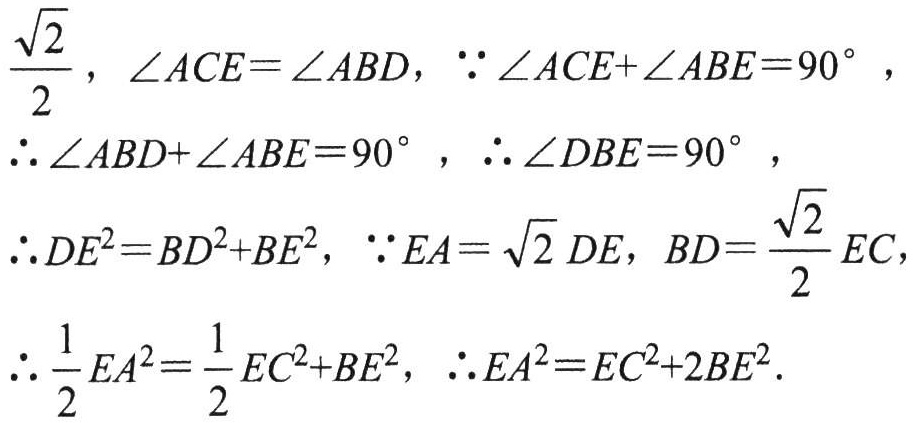
$\frac{\sqrt{2}}{2}，\angle ACE = \angle ABD，\because\angle ACE+\angle ABE = 90^{\circ}，$
$\therefore\angle ABD+\angle ABE = 90^{\circ}，\therefore\angle DBE = 90^{\circ}，$
$\therefore DE^{2}=BD^{2}+BE^{2}，\because EA=\sqrt{2}DE，BD = \frac{\sqrt{2}}{2}EC，$
$\therefore\frac{1}{2}EA^{2}=\frac{1}{2}EC^{2}+BE^{2}，\therefore EA^{2}=EC^{2}+2BE^{2}.$